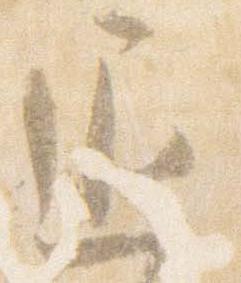
退